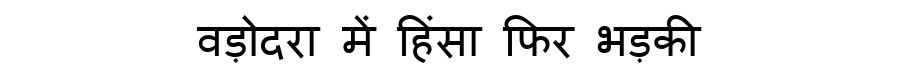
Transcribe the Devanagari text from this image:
वड़ोदरा में हिंसा फिर भड़की